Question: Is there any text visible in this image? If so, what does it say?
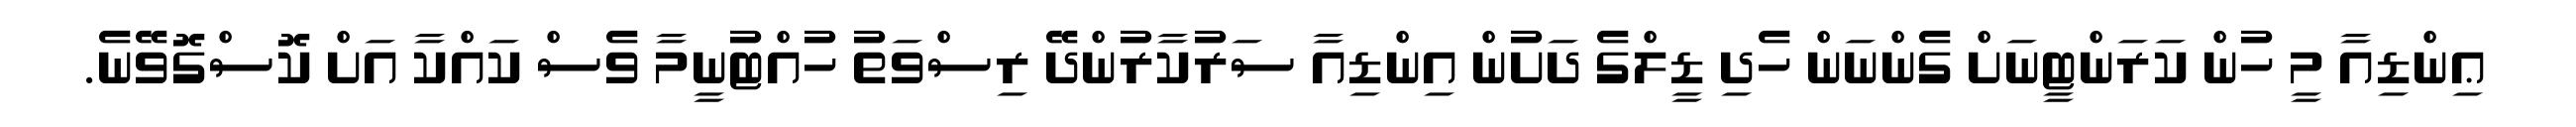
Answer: ޢިންޑިއާ މީ ހުން ކަރަންޓީނަށް ގެންނަން ހެދި ޑީލްގެ ދަށުން އިންޑިއާ ސަރުކާރުންދޭ ރިސްވަތު ހުއްޓުނީމާ ވެސް ކައްކާ އަށް ކޮސްގޮވޭނެ.